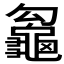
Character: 𪚵